Document type: Sale
Year: 1435
Scribe: Pere Soler
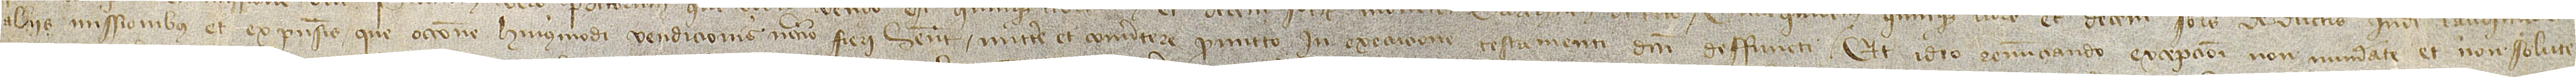
aliis missionibus et expensis que occasione huiusmodi vendicionis necnon fieri habent, mittere et convertere promitto in execucione testamenti dicti deffuncti. Et ideo renunciando excepcioni non numerate et non solute